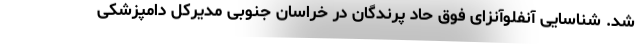
شد. شناسایی آنفلوآنزای فوق حاد پرندگان در خراسان جنوبی مدیرکل دامپزشکی